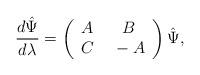
LaTeX: \begin{align*} \frac{d\hat{\Psi}}{d\lambda}=\left(\begin{array}{cc}A&~B\\C&~-A\end{array}\right)\hat{\Psi},\end{align*}